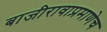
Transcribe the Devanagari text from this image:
बाजीरावाप्रमाणेच